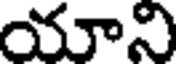
యాని